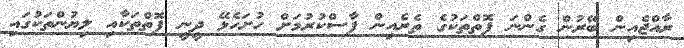
ރާއްޖެއިން ބޭރުން ގެންނަ ފޮތްތަކުގެ ތެރެއިން ފާސްކުރުމަށް ހުށަހެޅޭ ދީނީ ފޮތްތަކާއި ލިޔުންތަކުގައި